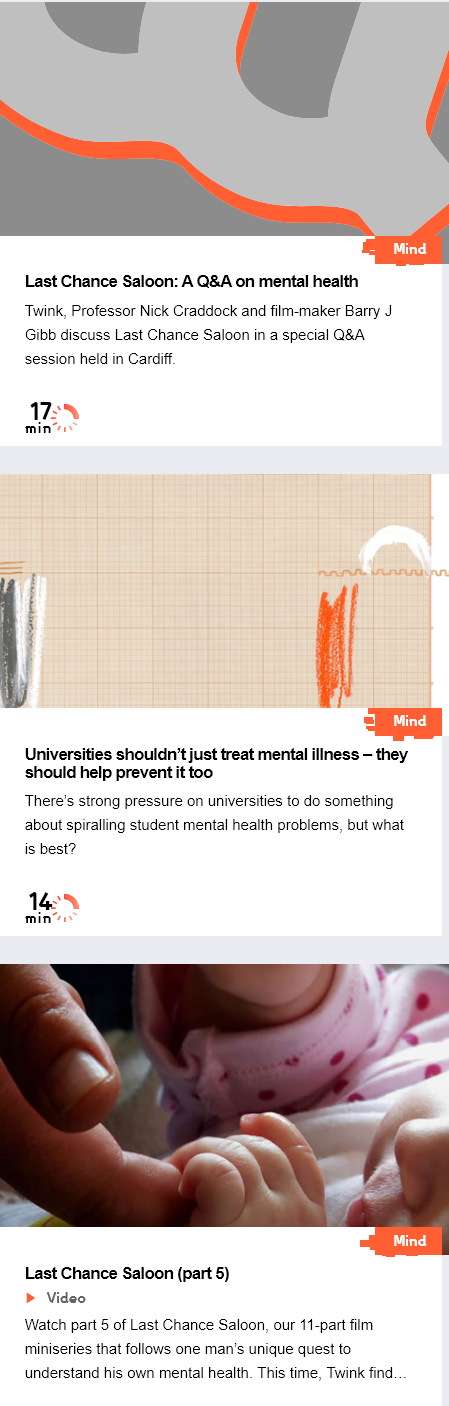
Last Chance  Saloon: A Q&A  on mental health
    ‘Twink, Professor Nick Craddock and film-maker Barry J
    Gibb discuss Last Chance Saloon in a special Q&A
    session held in Cardiff.
     172N
    min’:
     Tr
    Universities shouldn't just treat mental illness -
     they
    should help prevent it too
    There's strong pressure on universities to do something
    about spiralling student mental health problems, but what
    is best?
    142%
    min“
     Tr
     A Tar 4
    Last Chance  Saloon (part 5)
    Watch part § of Last Chance Saloon, our 11-part film
    miniseries that follows one man’s unique quest to
    understand his own mental health. This time, Twink find
     Video
  rr